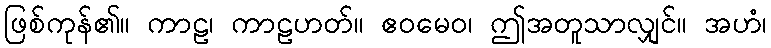
ဖြစ်ကုန်၏။ ကာဠ၊ ကာဠဟတ်။ ဧဝမေဝ၊ ဤအတူသာလျှင်။ အဟံ၊